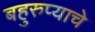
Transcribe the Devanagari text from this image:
बहुरुप्याचे